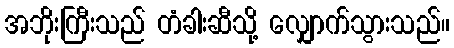
အဘိုးကြီးသည် တံခါးဆီသို့ လျှောက်သွားသည်။